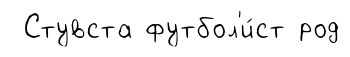
Стувста футбол'и́ст род